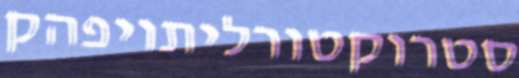
סטרוקטורליתויפהק